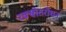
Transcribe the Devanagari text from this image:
रक्स्रोतरोधन